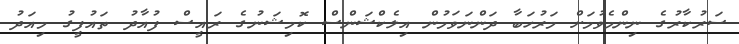
ސަރުކާރުގެ ނިންމެވުމަށް މަރުހަބާ ދަންނަވަމުން އިލެކްޝަންސް ކޮމިޝަނުގެ ރައީސް ފުއާދު ތައުފީގު މިއަދު